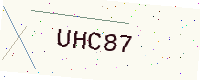
Text: UHC87